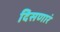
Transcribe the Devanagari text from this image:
दिसणारं